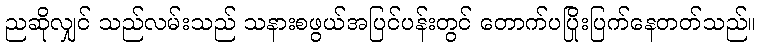
ညဆိုလျှင် သည်လမ်းသည် သနားစဖွယ်အပြင်ပန်းတွင် တောက်ပပြိုးပြက်နေတတ်သည်။